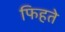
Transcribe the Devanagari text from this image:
फिहते